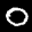
Label: 0